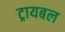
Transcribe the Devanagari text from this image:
ट्रायबल